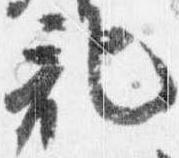
記